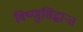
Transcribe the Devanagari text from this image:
विष्णुसिद्धान्त